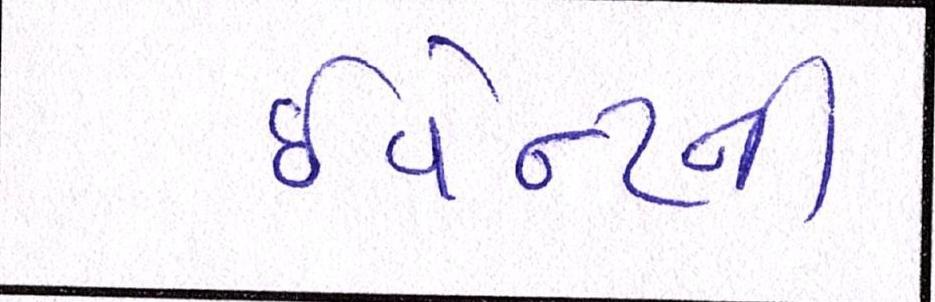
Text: ઇવેન્ટની